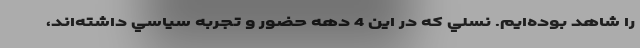
را شاهد بوده‌ايم. نسلي كه در اين 4 دهه حضور و تجربه سياسي داشته‌اند،